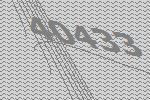
40433